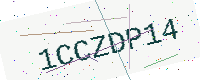
Text: 1CCZDP14